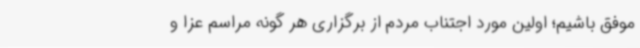
موفق باشیم؛ اولین مورد اجتناب مردم از برگزاری هر گونه مراسم عزا و